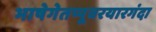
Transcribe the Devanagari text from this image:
भाषेगेतप्पूवरयारगंदा